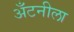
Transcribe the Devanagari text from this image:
अँटनीला